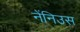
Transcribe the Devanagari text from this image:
नेंनिउस